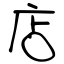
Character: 店